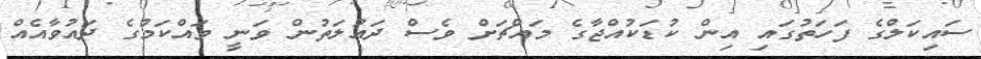
ސައިކަލްގެ ފަހަތުގައި އިން ކުޑަކުއްޖާގެ މައްޗަށް ވެސް ދައުލަތުން ވަނީ ވައްކަމުގެ ދައުވާއެއް